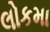
લોકમા